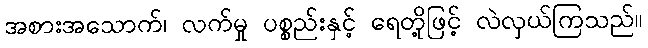
အစားအသောက်၊ လက်မှု ပစ္စည်းနှင့် ရေတို့ဖြင့် လဲလှယ်ကြသည်။